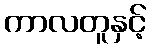
ကာလတူနှင့်